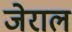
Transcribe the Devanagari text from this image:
जेराल